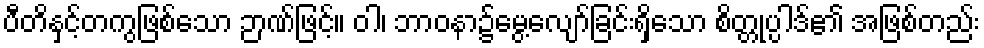
ပီတိနှင့်တကွဖြစ်သော ဉာဏ်ဖြင့်။ ဝါ၊ ဘာဝနာ၌မွေ့လျော်ခြင်းရှိသော စိတ္တုပ္ပါဒ်၏ အဖြစ်တည်း